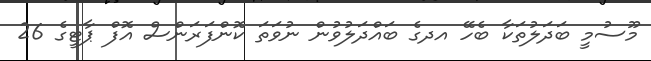
މޫސުމީ ބަދަލުތަކާ ބެހޭ އދގެ ބައްދަލުވުން ނުވަތަ ކޮންފަރަންސް އޮފް ޕާޓީގެ 26